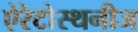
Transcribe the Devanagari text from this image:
ऐरेटोस्थनीज